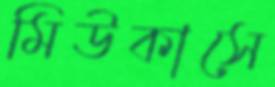
মিউকাসে